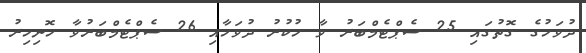
ދުވަހުގެ ގޮތުގައި 25 ސެޕްޓެމްބަރު ވާ ހުކުރު ދުވަހާއި 26 ސެޕްޓެމްބަރުވާ ހޮނިހިރު